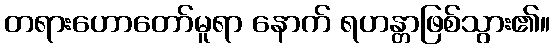
တရားဟောတော်မူရာ နောက် ရဟန္တာဖြစ်သွား၏။